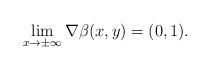
LaTeX: \begin{align*} \lim_{x \to \pm \infty} \nabla \beta(x,y) = (0,1). \end{align*}